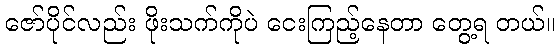
ဇော်ပိုင်လည်း ဖိုးသက်ကိုပဲ ငေးကြည့်နေတာ တွေ့ရ တယ်။